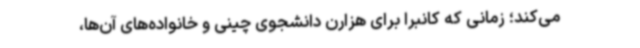
می‌کند؛ زمانی که کانبرا برای هزارن دانشجوی چینی و خانواده‌های آن‌ها،